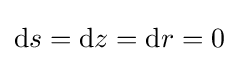
\mathrm {d} s=\mathrm {d} z=\mathrm {d} r=0